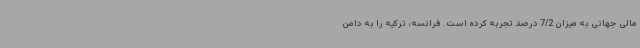
مالی جهانی به میزان 7/2 درصد تجربه کرده است. فرانسه، ترکیه را به دامن